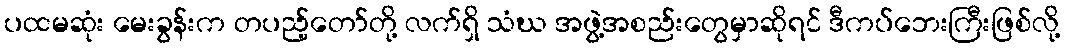
ပထမဆုံး မေးခွန်းက တပည့်တော်တို့ လက်ရှိ သံဃ အဖွဲ့အစည်းတွေမှာဆိုရင် ဒီကပ်ဘေးကြီးဖြစ်လို့